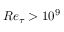
R e _ { \tau } > 1 0 ^ { 9 }